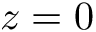
z = 0